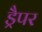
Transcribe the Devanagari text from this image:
ड्रैपर